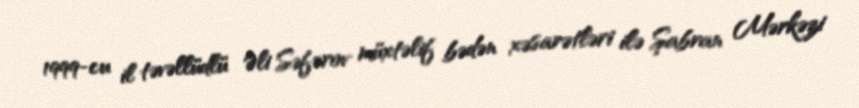
1999-cu il təvəllüdlü Əli Səfərov müxtəlif bədən xəsarətləri ilə Şabran Mərkəzi